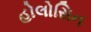
હોલોસિન